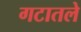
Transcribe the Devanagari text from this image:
गटातले